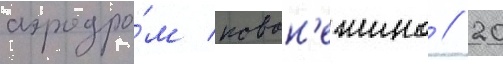
аэродро́м новон'ежино // 20